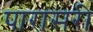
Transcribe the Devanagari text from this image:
पारासरी